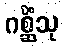
ဂစ္ဆိံသု